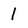
Character: 1